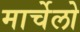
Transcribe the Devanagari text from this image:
मार्चेलो